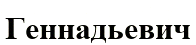
Геннадьевич